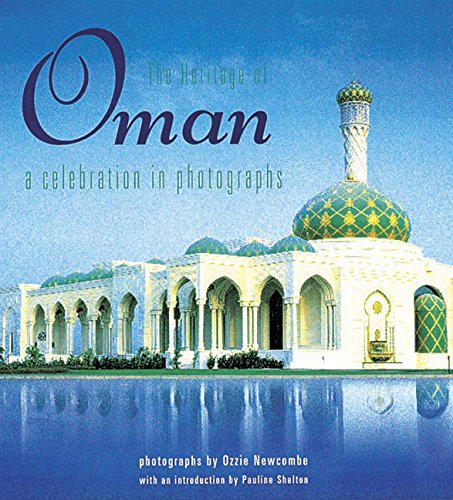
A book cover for The Heritage of Oman: A Celebration in Photographs; Ozzie Newcombe; History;